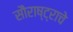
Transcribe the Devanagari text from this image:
सौराष्ट्राचे